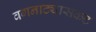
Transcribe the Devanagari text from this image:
वगनाट्यासकट